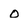
Character: o